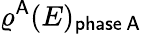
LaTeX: \varrho^{\mathsf{A}}(E)_{\mathsf{phase\, A}}